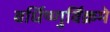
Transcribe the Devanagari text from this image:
वर्धिष्णुर्विक्रमे